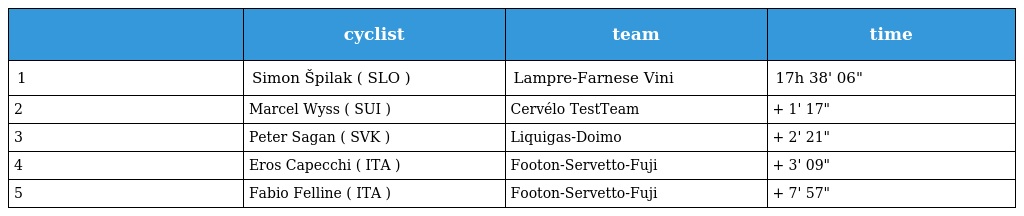
|  | cyclist | team | time |
 | --- | --- | --- | --- |
 | 1 | Simon Špilak ( SLO ) | Lampre-Farnese Vini | 17h 38' 06" |
 | 2 | Marcel Wyss ( SUI ) | Cervélo TestTeam | + 1' 17" |
 | 3 | Peter Sagan ( SVK ) | Liquigas-Doimo | + 2' 21" |
 | 4 | Eros Capecchi ( ITA ) | Footon-Servetto-Fuji | + 3' 09" |
 | 5 | Fabio Felline ( ITA ) | Footon-Servetto-Fuji | + 7' 57" |